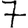
Digit: 7